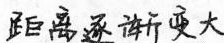
距离逐渐变大